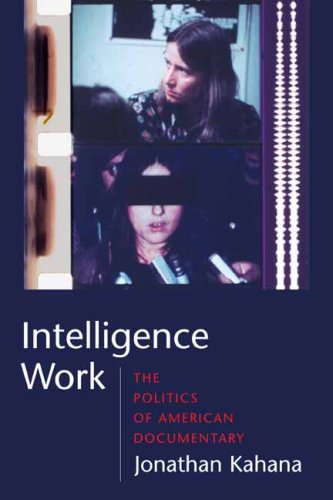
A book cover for Intelligence Work: The Politics of American Documentary (Film and Culture Series); Jonathan Kahana; Humor & Entertainment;